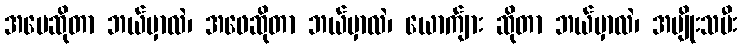
အမေဆိုတာ ဘယ်မှာလဲ၊ အဖေဆိုတာ ဘယ်မှာလဲ၊ ယောက်ျား ဆိုတာ ဘယ်မှာလဲ၊ အမျိုးသမီး